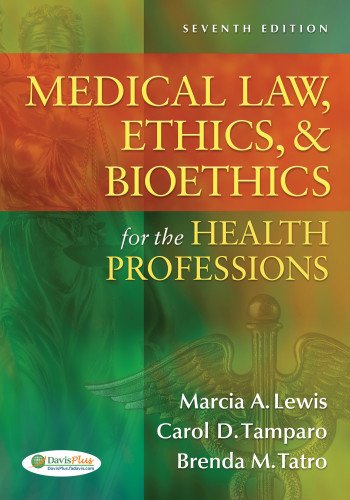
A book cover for Medical Law, Ethics, & Bioethics for the Health Professions; Marcia (Marti) A. Lewis EdD  RN  CMA-AC (AAMA); Medical Books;